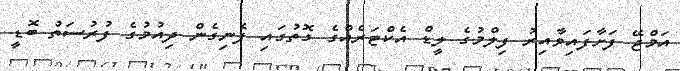
އަމްޖޭ ފަށާފައިވާއިރު ފިލްމުގެ ލީޑް އެކްޓަރެއްގެ ގޮތުގައި ފެނިގެން ދިއުމުގެ ފުރުސަތު ބޮޑީ